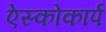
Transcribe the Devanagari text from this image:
ऐस्कोकार्प